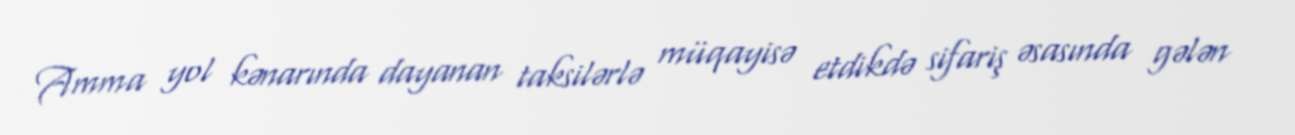
Amma yol kənarında dayanan taksilərlə müqayisə etdikdə sifariş əsasında gələn